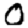
Digit: 0